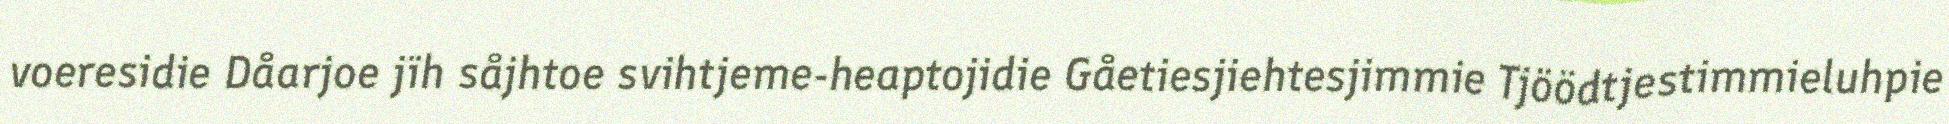
voeresidie Dåarjoe jïh såjhtoe svihtjeme-heaptojidie Gåetiesjiehtesjimmie Tjöödtjestimmieluhpie